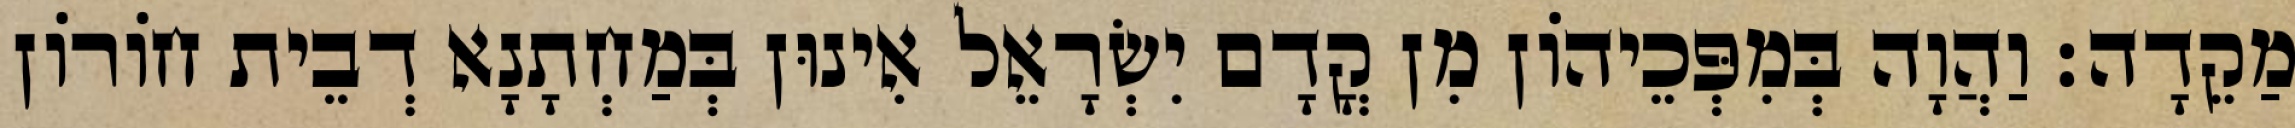
מַקֵדָה׃ וַהֲוָה בְּמִפְּכֵיהוֹן מִן קֳדָם יִשְׂרָאֵל אִינוּן בְּמַחְתָנָא דְבֵית חוֹרוֹן